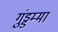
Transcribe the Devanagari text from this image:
गुंड्डम्मा